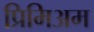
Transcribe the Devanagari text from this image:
प्रिमिअम